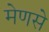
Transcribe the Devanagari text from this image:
मेणसे